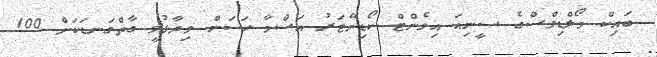
ބައިކް މޯލްޑިވްސްގެ ސީނިއަ އިވެންޓް ކޯޑިނޭޓަރު އަސްމާ ހަސަން ވިދާޅުވީ ގާތްގަނޑަކަށް 100